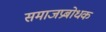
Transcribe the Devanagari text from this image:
समाजप्रबोधक